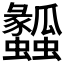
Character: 𤬤